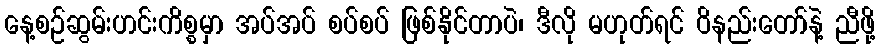
နေ့စဉ်ဆွမ်းဟင်းကိစ္စမှာ အပ်အပ် စပ်စပ် ဖြစ်နိုင်တာပဲ၊ ဒီလို မဟုတ်ရင် ဝိနည်းတော်နဲ့ ညီဖို့